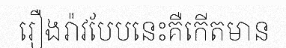
រឿងរ៉ាវបែបនេះគឺកើតមាន